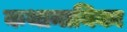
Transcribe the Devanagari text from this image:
कथानायिका